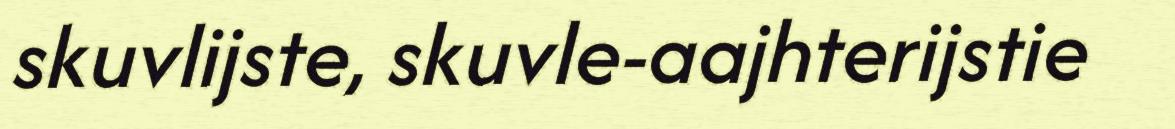
skuvlijste, skuvle-aajhterijstie